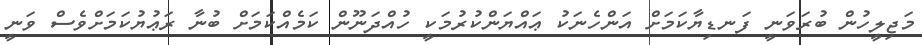
މަޖިލީހުން ބުރަވަނީ ފަނޑިޔާކަމަށް އަންހެނަކު ޢައްޔަންކުރުމަކީ ހުއްދަނޫން ކަމެއްކަމަށް ބުނާ ރަޢުޔުކަމަށްވެސް ވަނީ